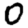
Digit: 0